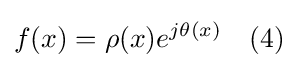
f(x)=\rho (x)e^{j\theta (x)}\quad (4)